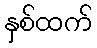
နှစ်ထက်